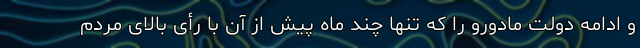
و ادامه دولت مادورو را که تنها چند ماه پیش از آن با رأی بالای مردم